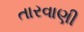
તારવાણી